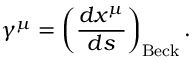
\gamma ^ { \mu } = \left( \frac { d x ^ { \mu } } { d s } \right) _ { \mathrm { B e c k } } .